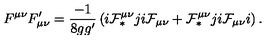
F ^ { \mu \nu } F _ { \mu \nu } ^ { \prime } = \frac { - 1 } { 8 g g ^ { \prime } } \left( i { \cal F } _ { \ast } ^ { \mu \nu } j i { \cal F } _ { \mu \nu } + { \cal F } _ { \ast } ^ { \mu \nu } j i { \cal F } _ { \mu \nu } i \right) .